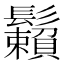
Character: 𩯽